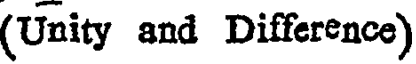
(Unity and Difference)